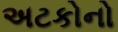
અટકોનો